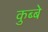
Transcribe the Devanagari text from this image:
कुब्बे